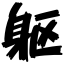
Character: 躯